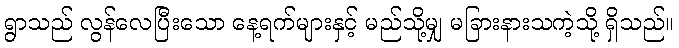
ရွာသည် လွန်လေပြီးသော နေ့ရက်များနှင့် မည်သို့မျှ မခြားနားသကဲ့သို့ ရှိသည်။